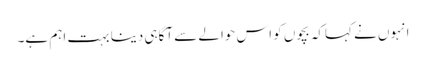
انہوں نے کہاکہ بچوں کو اس حوالے سے آگاہی دینا بہت اہم ہے۔